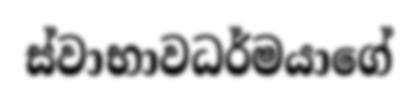
ස්වාභාවධර්මයාගේ